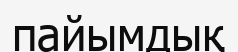
пайымдық